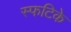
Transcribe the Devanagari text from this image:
स्फटिके